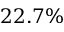
2 2 . 7 \%